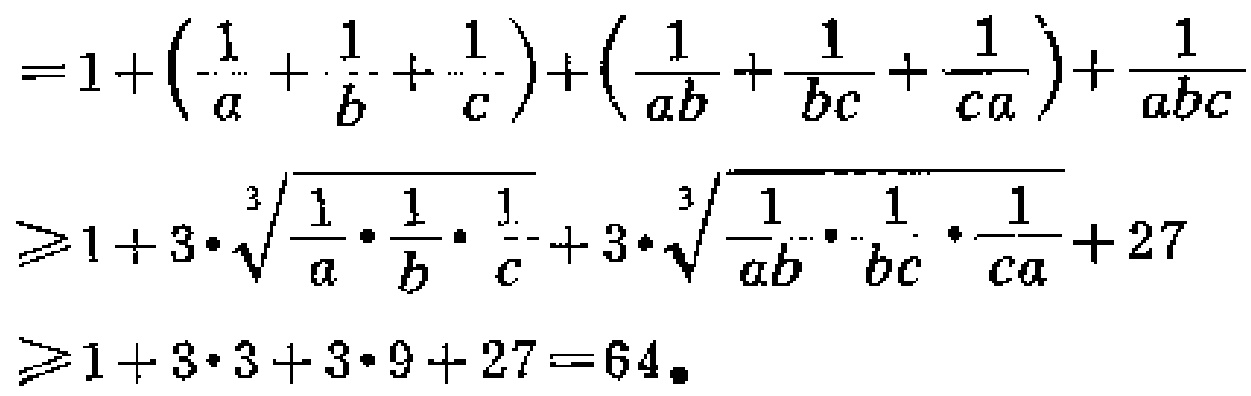
\[

\begin{align*}

&=1+\left(\frac{1}{a}+\frac{1}{b}+\frac{1}{c}\right)+\left(\frac{1}{ab}+\frac{1}{bc}+\frac{1}{ca}\right)+\frac{1}{abc}\\

&\geqslant1 + 3\cdot\sqrt[3]{\frac{1}{a}\cdot\frac{1}{b}\cdot\frac{1}{c}}+3\cdot\sqrt[3]{\frac{1}{ab}\cdot\frac{1}{bc}\cdot\frac{1}{ca}}+27\\

&\geqslant1 + 3\cdot3+3\cdot9 + 27=64

\end{align*}

\]